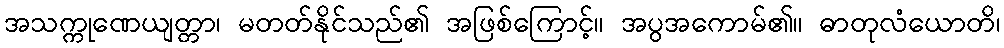
အသက္ကုဏေယျတ္တာ၊ မတတ်နိုင်သည်၏ အဖြစ်ကြောင့်။ အပွအကောမ်၏။ ဓာတုလံယောတိ၊